Indian journal of veterinary science and animal husbandry - Volume 12,
Year: 1942
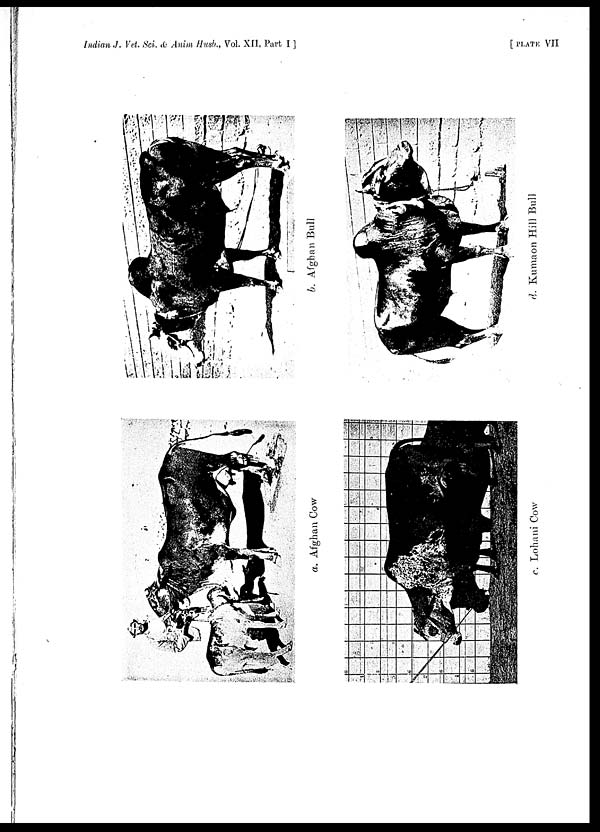
Indian J. Vet. Sci. & Anim Husb., Vol. XII, Part I ]
[ PLATE VII
a. Afghan Cow
b. Afghan Bull
c. Lohani Cow
d. Kumaon Hill Bull